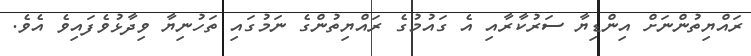
ރައްޔިތުންނަށް އިންޑިޔާ ސަރުކާރާއި އެ ގައުމުގެ ރައްޔިތުންގެ ނަމުގައި ތަހުނިޔާ ވިދާޅުވެފައިވެ އެވެ.